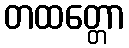
တထတ္တော